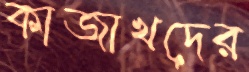
কাজাখদের